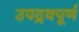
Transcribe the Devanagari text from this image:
उपद्रवपूर्ण